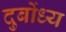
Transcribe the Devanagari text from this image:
दुबोंध्य